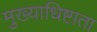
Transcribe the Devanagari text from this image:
मुख्याधिष्टाता